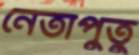
নেতাপুতু